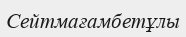
Сейтмағамбетұлы